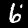
Label: 6